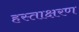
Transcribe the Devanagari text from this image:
हस्ताक्षरण